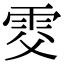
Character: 𩂎